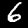
Label: 6